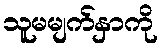
သူမမျက်နှာကို